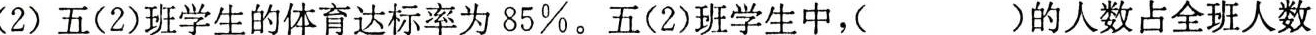
(2)五(2)班学生的体育达标率为85%。五(2)班学生中，()的人数占全班人数